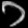
Digit: ၁